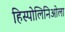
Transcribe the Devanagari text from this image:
हिस्पोलिनिओला